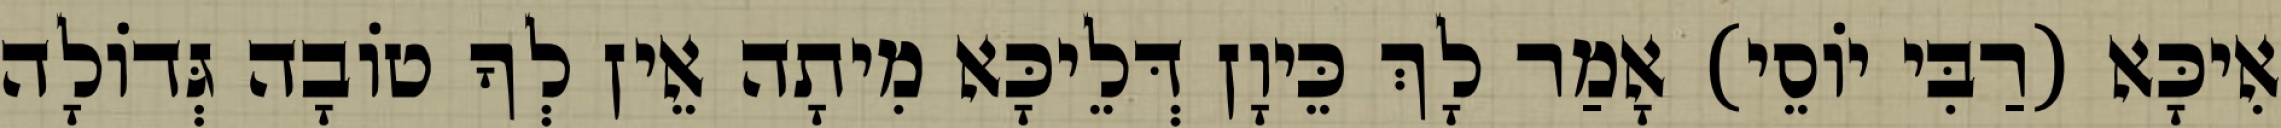
אִיכָּא (רַבִּי יוֹסֵי) אָמַר לָךְ כֵּיוָן דְּלֵיכָּא מִיתָה אֵין לְךָ טוֹבָה גְּדוֹלָה